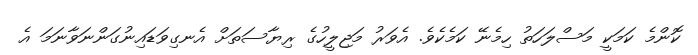
ކޮންމެ ކަމަކީ މަސްލަހަތު ހިމެނޭ ކަމެކެވެ. އެވަރު މަޖިލީހުގެ ރިޔާސަތަށް އެނގިވަޑައިނުގަންނަވާނަމަ އެ